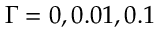
\Gamma = 0 , 0 . 0 1 , 0 . 1